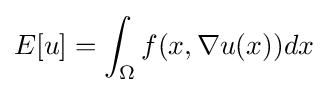
E[u]=\int _{\Omega }f(x,\nabla u(x))dx